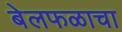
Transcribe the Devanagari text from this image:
बेलफळाचा